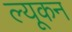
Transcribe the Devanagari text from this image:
ल्यूकन